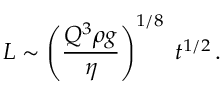
L \sim \left( \frac { Q ^ { 3 } \rho g } { \eta } \right) ^ { 1 / 8 } \; t ^ { 1 / 2 } \, .